Malaria in the Duars
Disease focus: Malaria
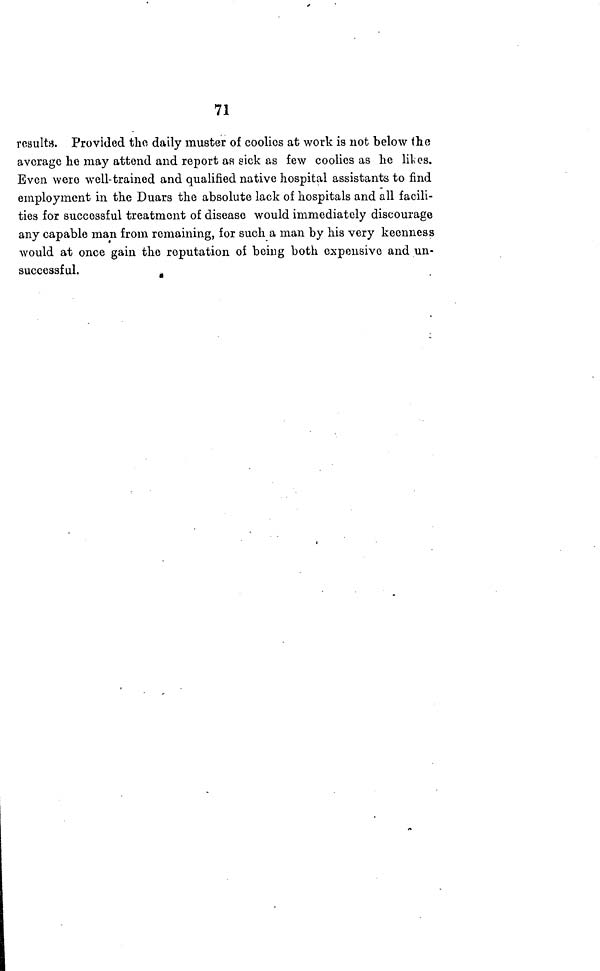
71
results. Provided the daily muster of coolies at work is not below the
average he may attend and report as sick as few coolies as he Hies.
Even were well-trained and qualified native hospital assistants to find
employment in the Duars the absolute lack of hospitals and all facili-
ties for successful treatment of disease would immediately discourage
any capable man from remaining, for such a man by his very keenness
would at once gain the reputation of being both expensive and un-
successful.